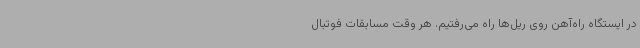
در ایستگاه راه‌آهن روی ریل‌ها راه می‌رفتیم. هر وقت مسابقات فوتبال